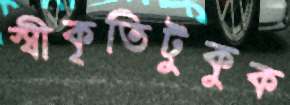
স্বীকৃতিটুকুক